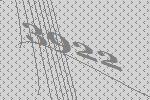
3922